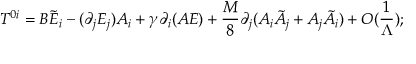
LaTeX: T ^ { 0 i } = B \tilde { E } _ { i } - ( \partial _ { j } E _ { j } ) A _ { i } + \gamma \partial _ { i } ( A E ) + \frac { M } { 8 } \partial _ { j } ( A _ { i } \tilde { A } _ { j } + A _ { j } \tilde { A } _ { i } ) + O ( \frac { 1 } { \Lambda } ) ;